Punjab Mental Hospital Lahore 1922-31 - 1922-1931
Year: 1922
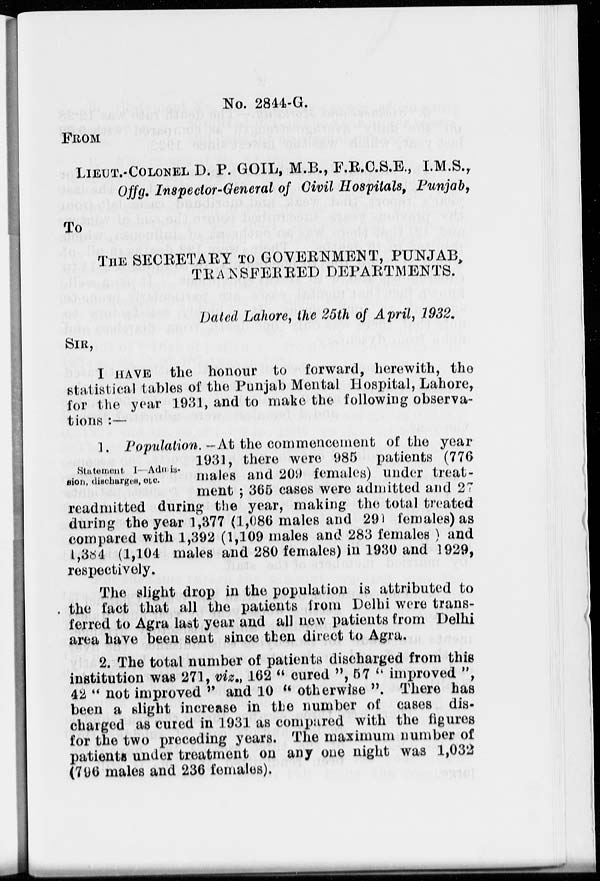
No. 2844-G.
FROM
LIEUT.-COLONEL D. P. GOIL, M.B., F.R.C.S.E., I.M.S.,
Offg. Inspector-General of Civil Hospitals, Punjab,
To
THE SECRETARY TO GOVERNMENT, PUNJAB,
TRANSFERRED DEPARTMENTS.
Dated Lahore, the 25th of April, 1932.
SIR,
I HAVE the honour to forward, herewith, the
statistical tables of the Punjab Mental Hospital, Lahore,
for the year 1931, and to make the following observa-
tions :—
Statement, I Admis-
sion, discharges, etc.
1. Population. —At the commencement of the year
1931, there were 985 patients (776
males and 209 females) under treat-
ment ; 365 cases were admitted and 27
readmitted during the year, making the total treated
during the year 1,377 (1,086 males and 291 females) as
compared with 1,392 (1,109 males and 283 females ) and
1,384 (1,104 males and 280 females) in 1930 and 1929,
respectively.
The slight drop in the population is attributed to
the fact that all the patients from Delhi were trans-
ferred to Agra last year and all new patients from Delhi
area have been sent since then direct to Agra.
2. The total number of patients discharged from this
institution was 271, viz., 162 " cured ", 57 " improved ",
42 " not improved " and 10 " otherwise ". There has
been a slight increase in the number of cases dis-
charged as cured in 1931 as compared with the figures
for the two preceding years. The maximum number of
patients under treatment on any one night was 1,032
(796 males and 236 females).